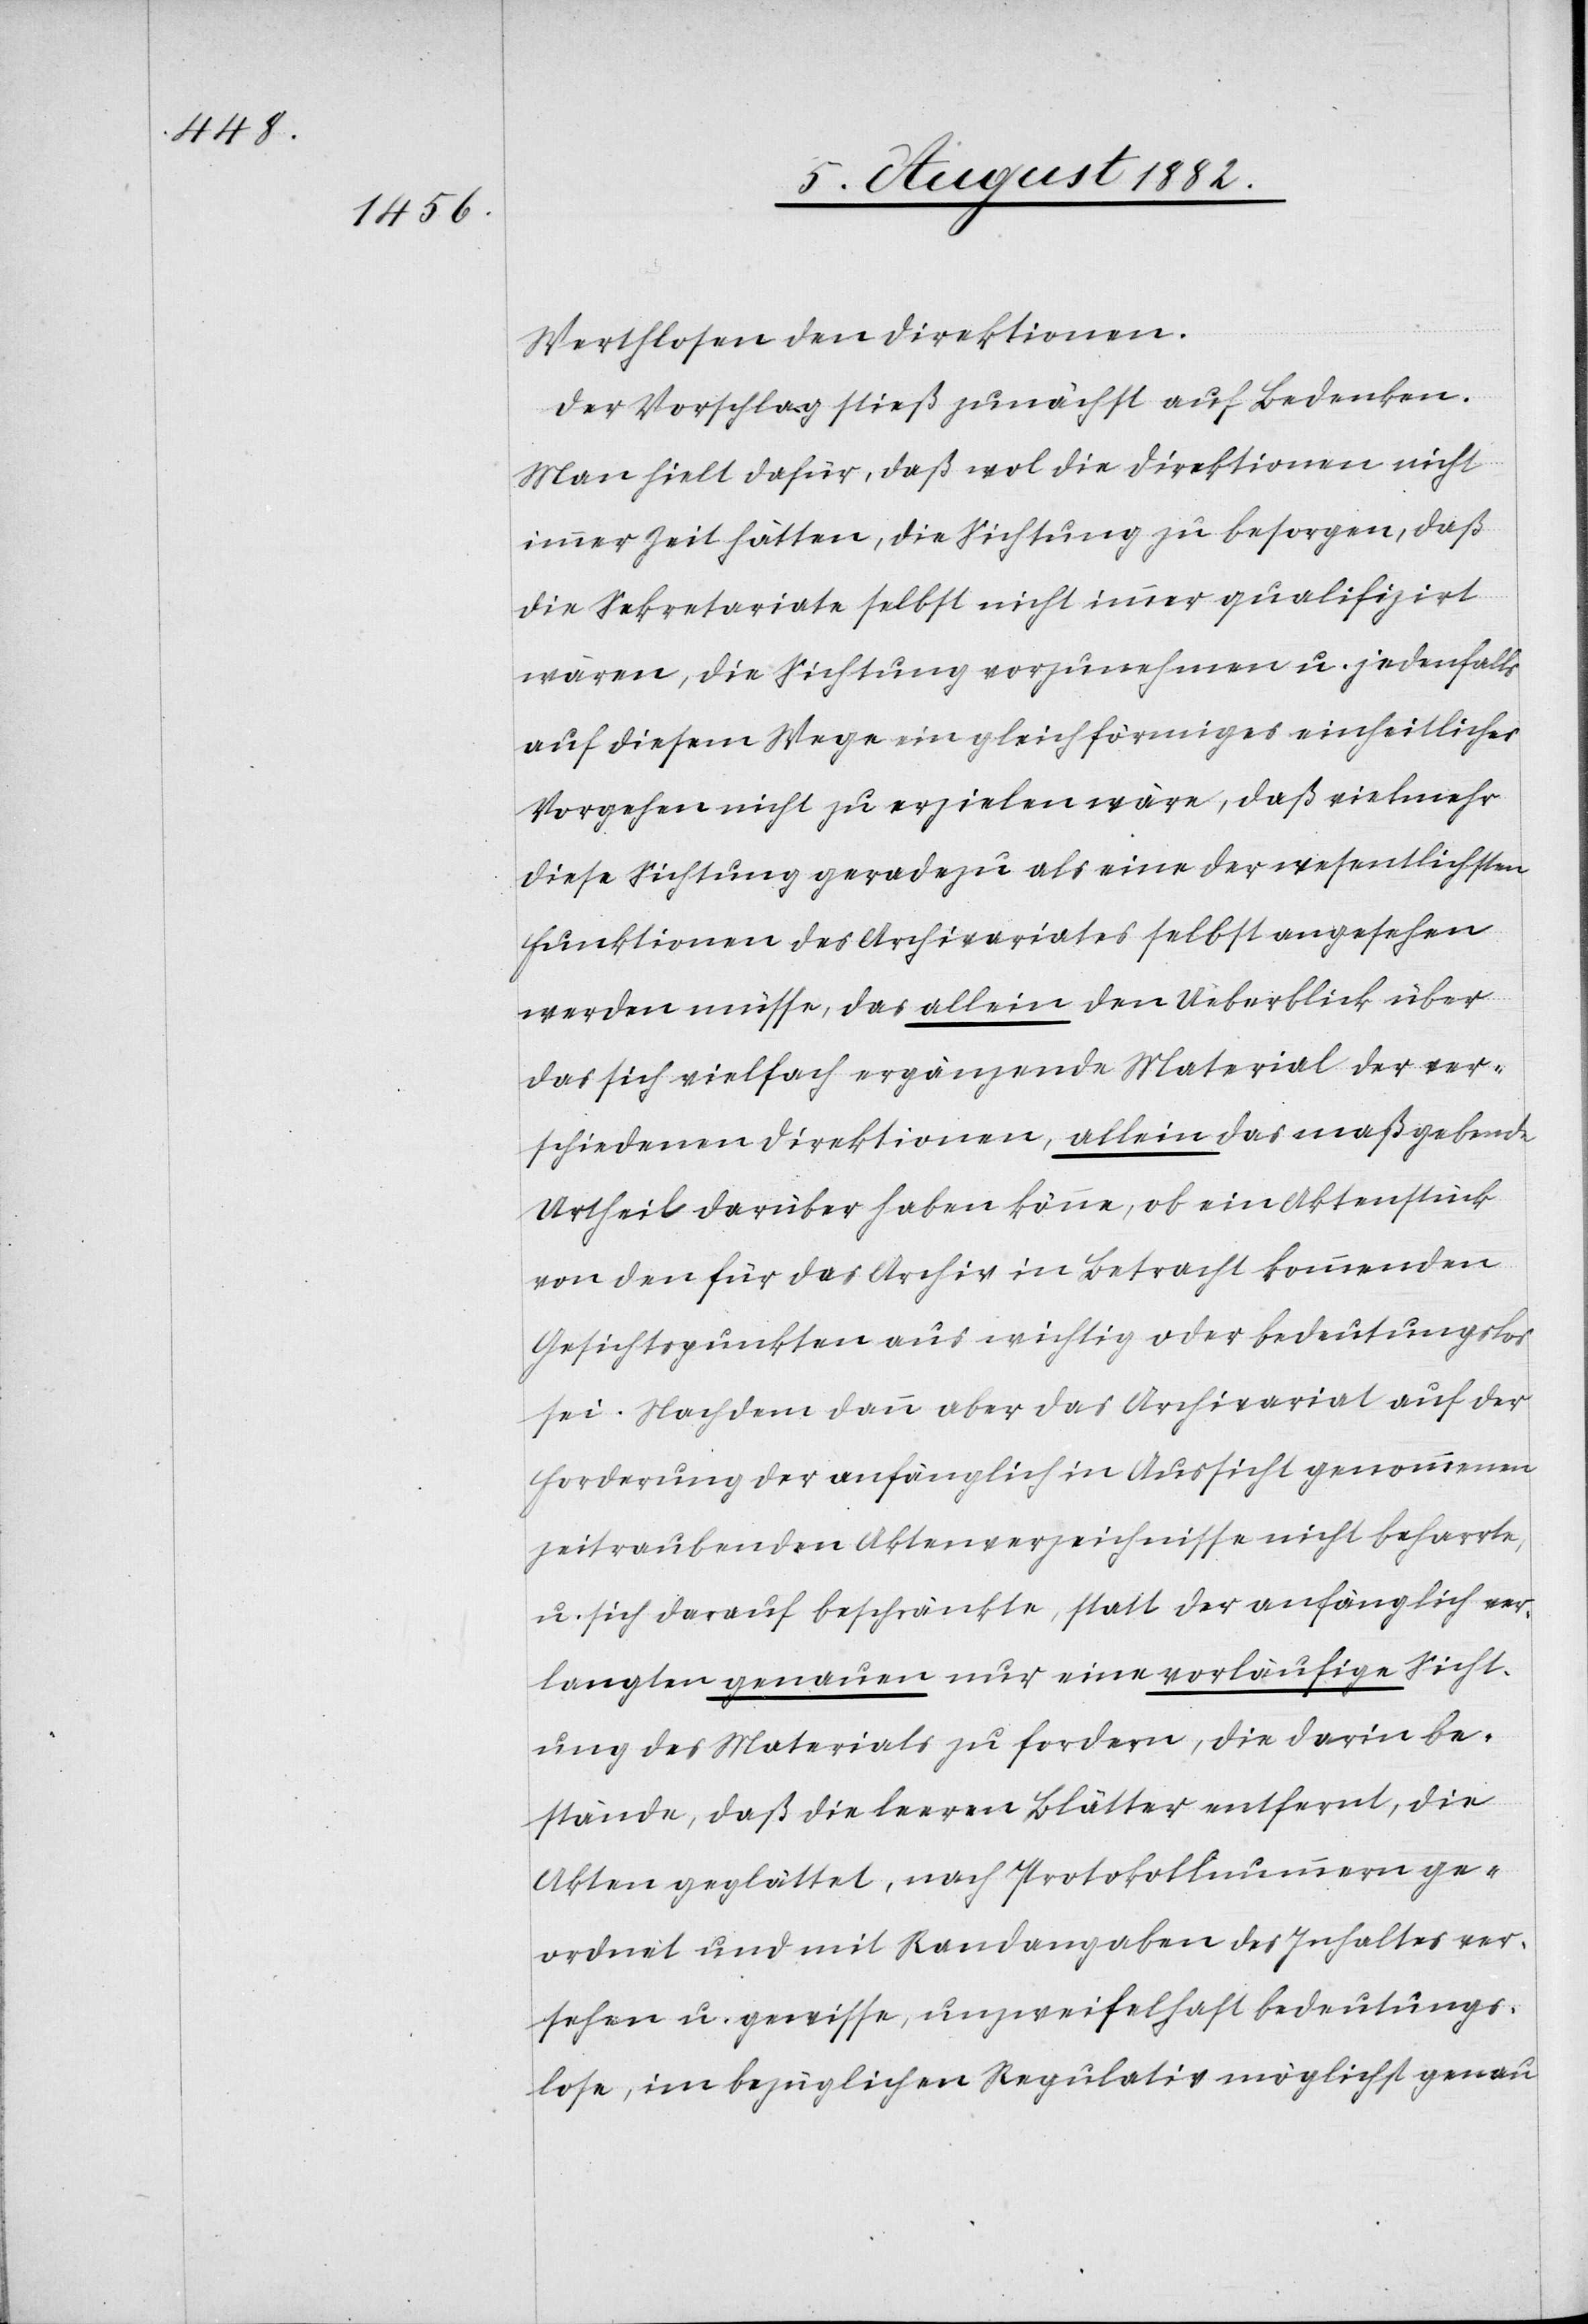
Werthvollenden Direktionen.
Der Vorschlag stieß zunächst auf Bedenken.
Man hielt dafür, daß wol die Direktionen nicht
immer Zeit hätten, die Sichtung zu besorgen, daß
die Sekretariate selbst nicht immer qualifizirt
wären, die Sichtung vorzunehmen u. jedenfalls
auf diesem Wege ein gleichförmiges einheitliches
Vorgehen nicht zu erzielen wäre, daß vielmehr
diese Sichtung geradezu als eine der wesentlichsten
Funktionen des Archivariates selbst angesehen
werden müsse, das allein den Ueberblick über
das sich vielfach ergänzende Material der ver¬
schiedenen Direktionen, allein das maßgebende
Urtheil darüber haben könne, ob ein Aktenstück
von den für das Archiv in Betracht kommenden
Gesichtspunkten aus wichtig oder bedeutungslos
sei. Nachdem dann aber das Archivariat auf der
Forderung der anfänglich in Aussicht genommenen
zeitraubenden Aktenverzeichnisse nicht beharrte,
u. sich darauf beschränkte, statt der anfänglich ver¬
langten genauen nur eine vorläufige Sicht¬
ung des Materials zu fordern, die darin be¬
stände, daß die leeren Blätter entfernt, die
Akten geglättet, nach Protokollnummern ge¬
ordnet und mit Randangaben des Inhaltes ver¬
sehen u. gewisse, unzweifelhaft bedeutungs¬
lose, im bezüglichen Regulativ möglichst genau